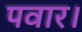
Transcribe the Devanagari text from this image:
पवार।